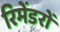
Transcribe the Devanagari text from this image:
रिमेंडरों